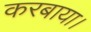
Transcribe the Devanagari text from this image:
करबाया।